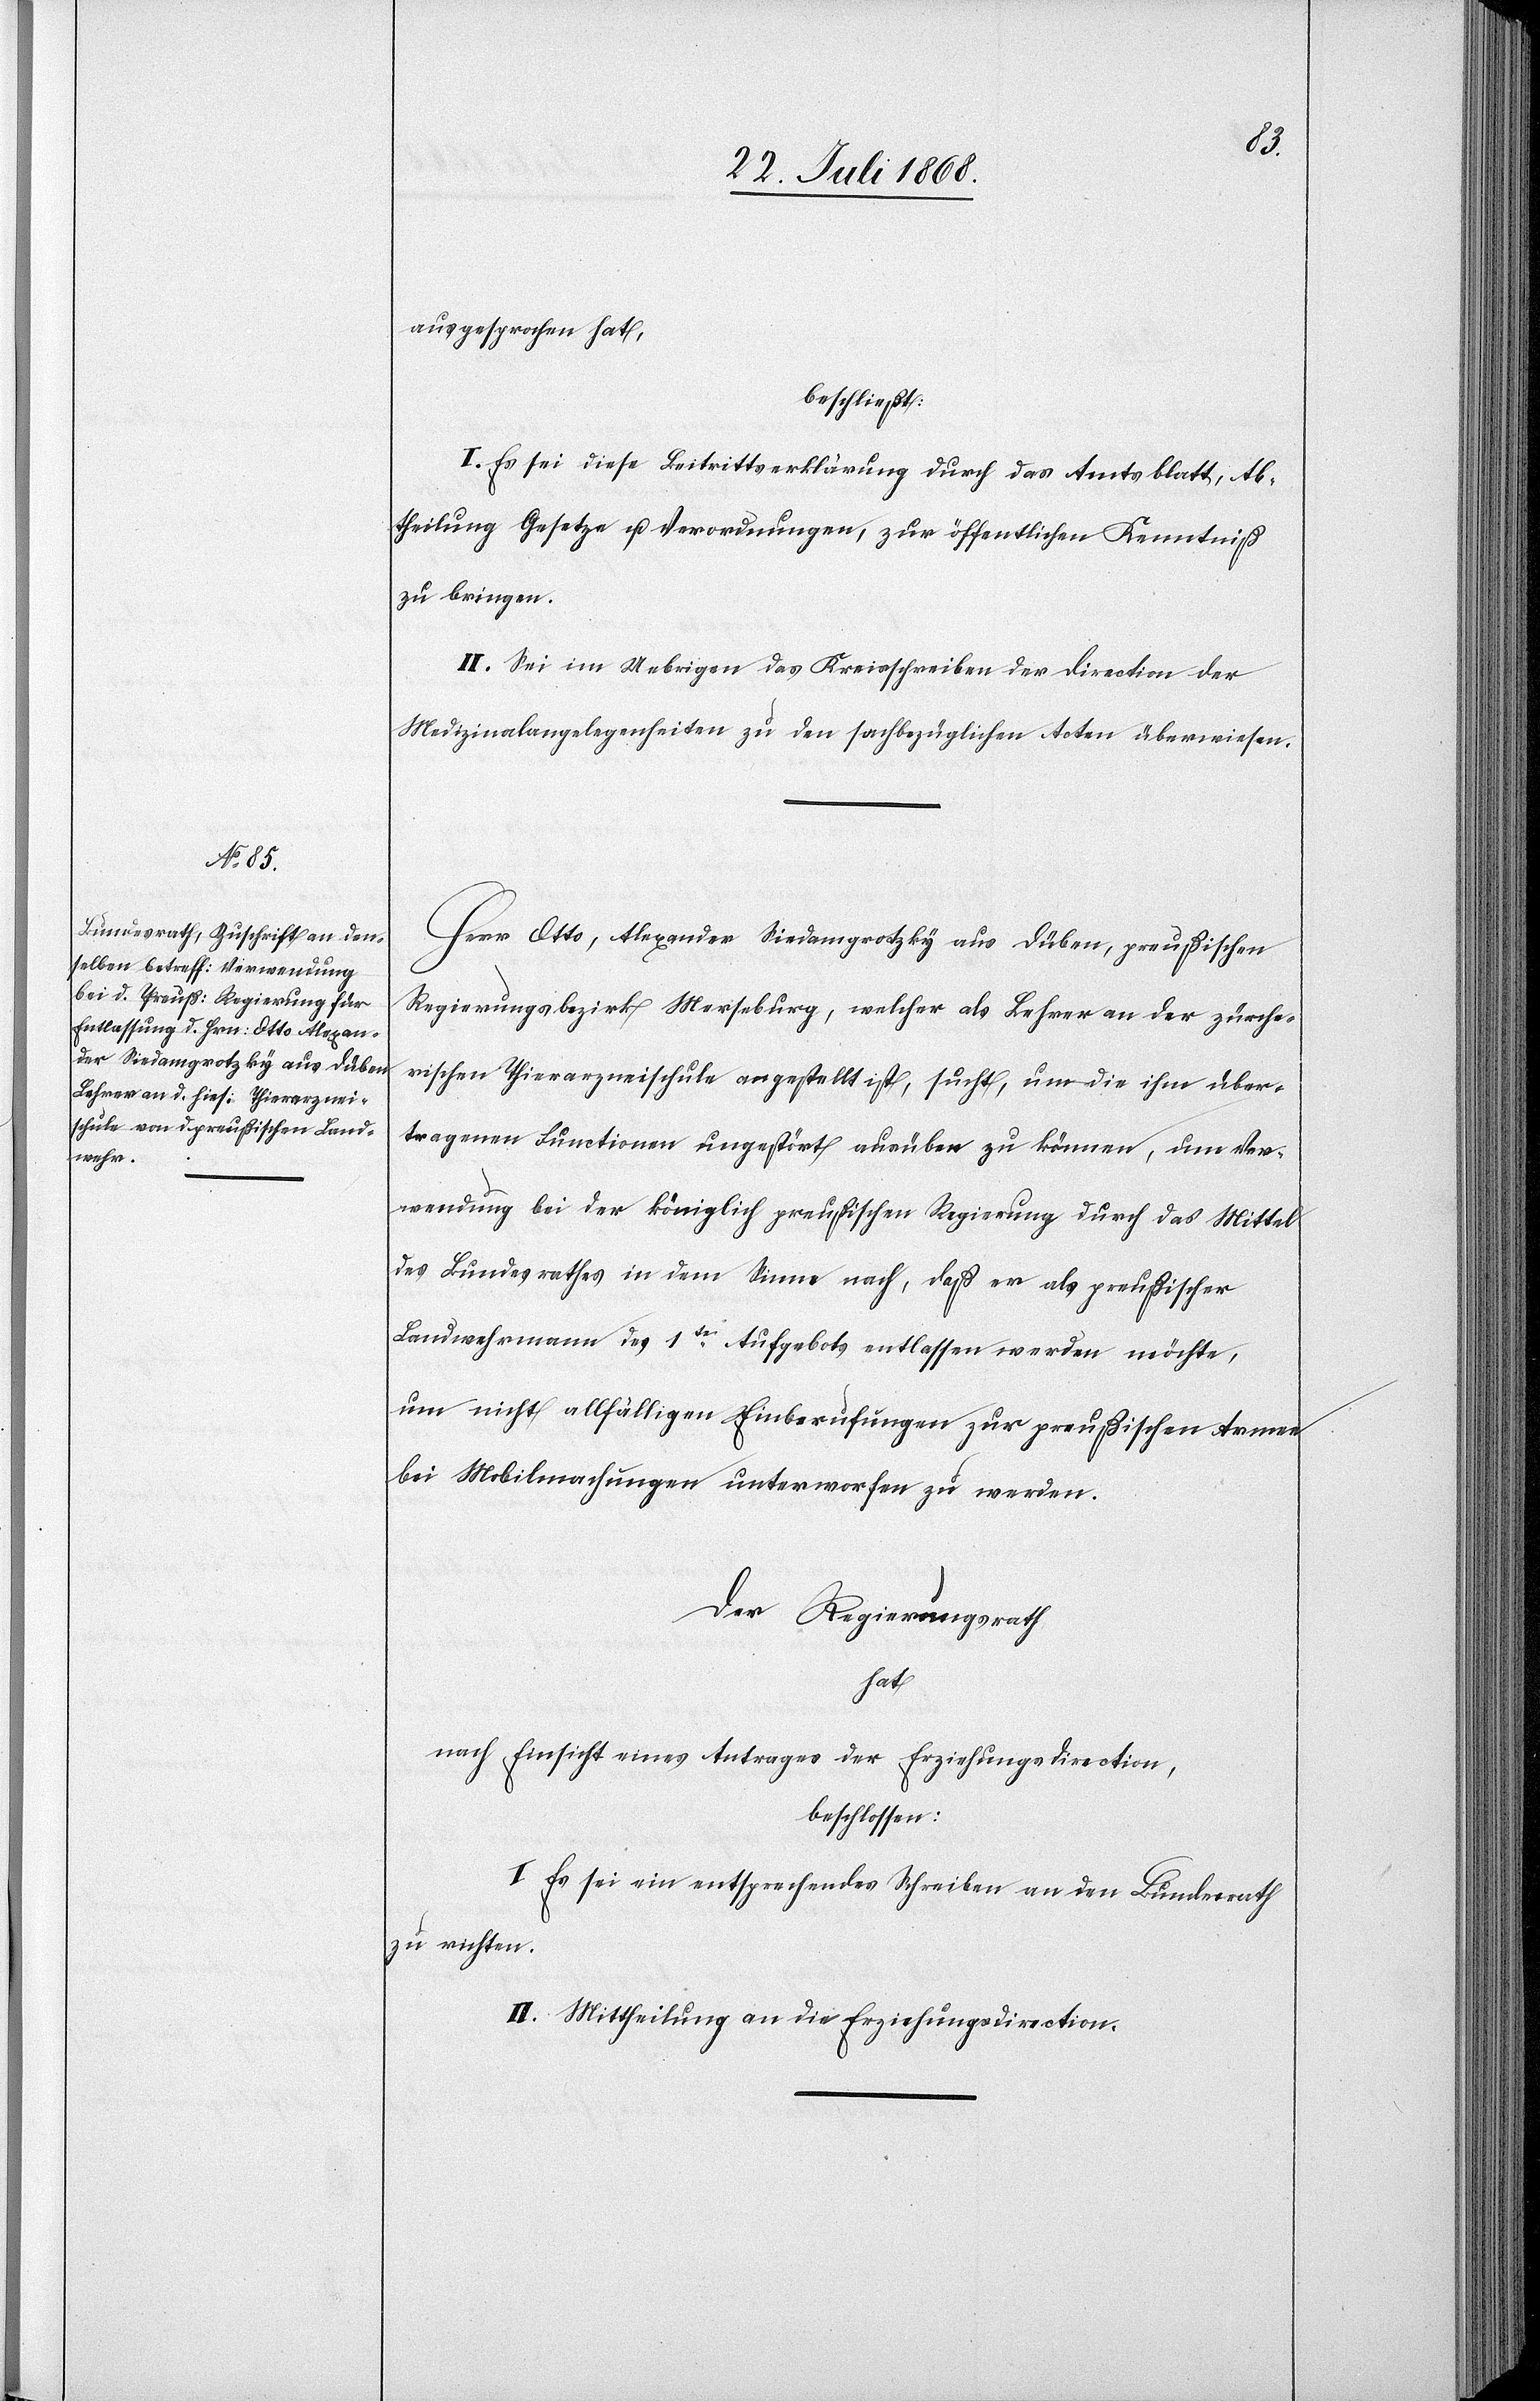
ausgesprochen hat,
beschließt:
I. Es sei diese Beitrittserklärung durch das Amtsblatt, Ab¬
theilung Gesetze u. Verordnungen, zur öffentlichen Kenntniß
zu bringen.
II. Sei im Uebrigen das Kreisschreiben der Direction der
Medizinalangelegenheiten zu den sachbezüglichen Acten überwiesen.
Herr Otto, Alexander Siedamgrotzky aus Düben, preußischen
Regierungsbezirk Merseburg, welcher als Lehrer an der zürche¬
rischen Thierarzneischule angestellt ist, sucht, um die ihm über¬
tragenen Functionen ungestört ausüben zu können, um Ver¬
wendung bei der königlich preußischen Regierung durch das Mittel
des Bundesrathes in dem Sinne nach, daß er als preußischer
Landwehrmann des 1ten Aufgebots entlassen werden möchte,
um nicht allfälligen Einberufungen zur preußischen Armee
bei Mobilmachungen unterworfen zu werden.
Der Regierungsrath
hat
nach Einsicht eines Antrages der Erziehungsdirection,
beschlossen:
I. Es sei ein entsprechendes Schreiben an den Bundesrath
zu richten.
II. Mittheilung an die Erziehungsdirection.